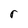
Character: r